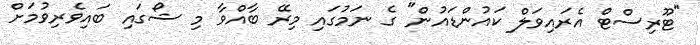
"ޓޫރިސްޓް އެރައިވަލް ކައުންޑައުން" ގެ ނަމުގައި މިރޭ ބާއްވާ މި ޝޯގައި ބައިވެރިވުމަށް